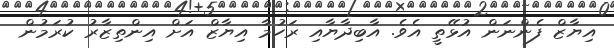
އިޔާޒް ފެންނަން އުޅޭތީ އެވެ. އާބިދާޔާއި ރަހުމާ އިޔާޒް އަށް އިންތިޒާރު ކުރަމުން